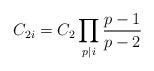
LaTeX: \begin{align*}C_{2i}=C_2\prod_{p|i}\frac{p-1}{p-2}\end{align*}